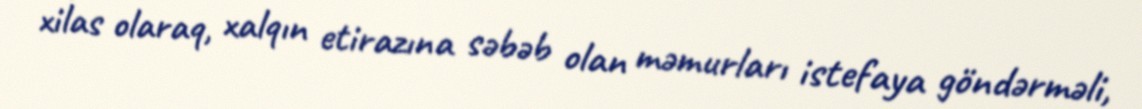
xilas olaraq, xalqın etirazına səbəb olan məmurları istefaya göndərməli,